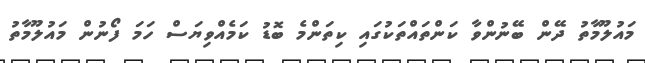
މައުލޫމާތު ދޭން ބޭނުންވާ ކަންތައްތަކުގައި ކިތަންމެ ބޮޑު ކަމެއްވިޔަސް ހަމަ ފޯނުން މައުލޫމާތު